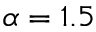
\alpha = 1 . 5